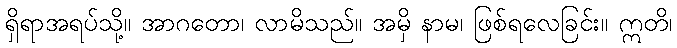
ရှိရာအရပ်သို့။ အာဂတော၊ လာမိသည်။ အမှိ နာမ၊ ဖြစ်ရလေခြင်း။ ဣတိ၊